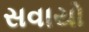
સવાયો